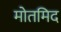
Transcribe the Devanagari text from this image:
मोतमिद